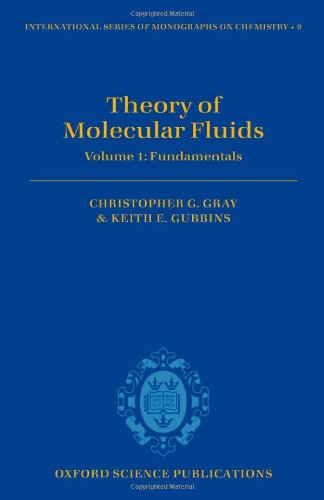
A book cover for Theory of Molecular Fluids: Fundamentals Volume I (International Series of Monographs on Chemistry); K. E. Gubbins; Science & Math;